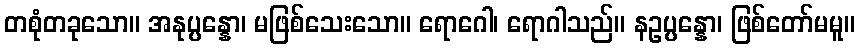
တစုံတခုသော။ အနုပ္ပန္နော၊ မဖြစ်သေးသော။ ရောဂေါ၊ ရောဂါသည်။ နဥပ္ပန္နော၊ ဖြစ်တော်မမူ။